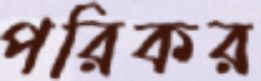
পরিকর